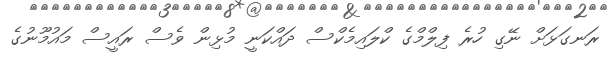
ރަނގަޅަށް ނޭގި ހުރެ ފިލްމްގެ ކްލައިމެކްސް ދައްކަނީ މުޅިން ވެސް ރައީސް މައުމޫނުގެ